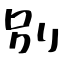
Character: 別